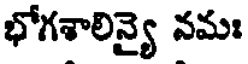
భోగశాలిన్యై నమః